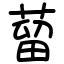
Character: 蒥